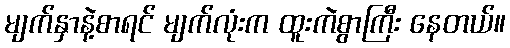
မျက်နှာနဲ့စာရင် မျက်လုံးက ထူးကဲစွာကြီး နေတယ်။